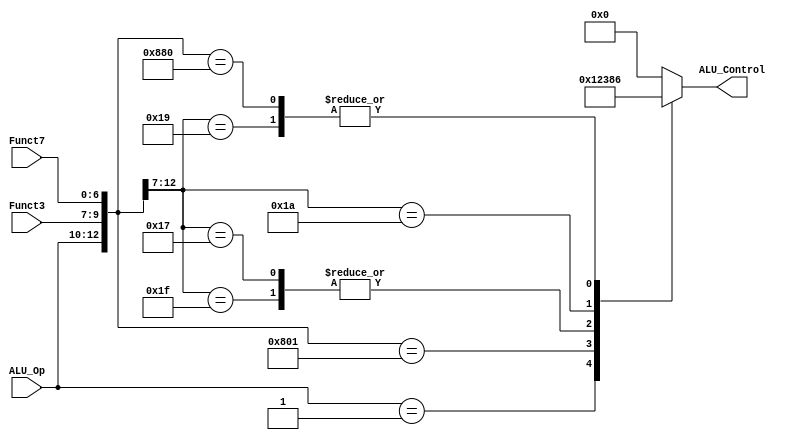
module ALU_Decoder
(
	input 		[2:0]	ALU_Op,
	input 		[2:0]	Funct3,
	input       [6:0] Funct7,
	
	output reg	[3:0]	ALU_Control
);


					
	localparam	add_d  = 14'b0000_xxx_xxxxxxx,
	            add    = 14'b0010_000_0000000,
	            addi   = 14'b0011_000_xxxxxxx,
	
	            sub 	 = 14'b0001_xxx_xxxxxxx,
					mul    = 14'b0010_000_0000001,
					
					slti   = 14'b0011_010_xxxxxxx,
					
					slli   = 14'b0011_001_xxxxxxx,
					sll    = 14'b0010_001_0000000,
					
					andi   = 14'b0011_111_xxxxxxx,
					andd   = 14'b0010_111_xxxxxxx;
					
					

	
	always@({ALU_Op,Funct3, Funct7}) begin
		casex({ALU_Op,Funct3, Funct7})
		   add_d :  ALU_Control = 4'b0000;
			add	:	ALU_Control = 4'b0000;
			addi	:	ALU_Control = 4'b0000;
			
			sub	:	ALU_Control = 4'b0001;
			mul	:	ALU_Control = 4'b0010;
			
			andi	:	ALU_Control = 4'b0011;
			andd	:	ALU_Control = 4'b0011;

			slti   :	ALU_Control = 4'b1000;
			
			slli  :	ALU_Control = 4'b0110;
			sll   :	ALU_Control = 4'b0110;
			default: 	ALU_Control = 4'b0000; // Default case item
			


		endcase
	end
endmodule